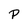
Character: P